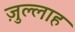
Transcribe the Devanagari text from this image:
ज़ुल्लाह